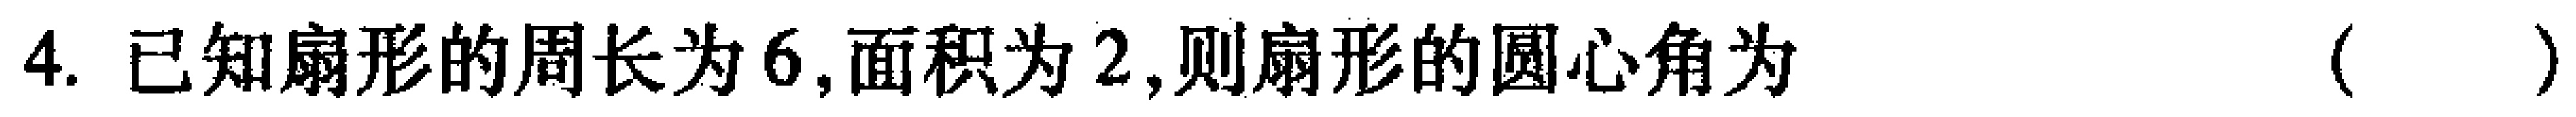
4. 已知扇形的周长为$6$,面积为$2$,则扇形的圆心角为 （  ）